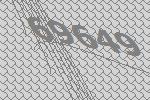
69649